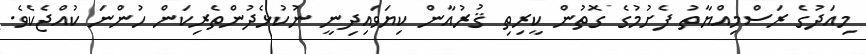
މިއަދުގެ ރަސްމިއްޔާތު ފެށުމުގެ ގޮތުން ކީރިތި ޤުރުއާން ކިޔަވައިދިނީ ނުކުޅެދުންތެރިކަން ހުންނަ ކުއްޖެކެވެ.